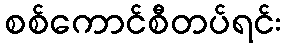
စစ်ကောင်စီတပ်ရင်း